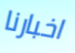
اخبارنا